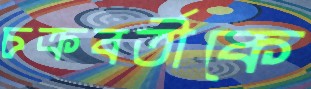
চক্রবর্তীকে